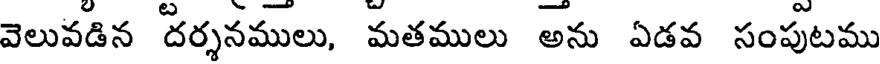
వెలువడిన దర్శనములు, మతములు అను ఏడవ సంపుటము